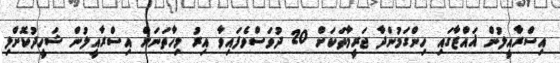
އިސްރާއީލުން ޣައްޒާގައި ހިންގަމުންދާ ޖަރީމާތަކަށް 20 ދުވަސްވެފައިވާ އިރު މިހާތަނަށް އިސްރާއީލުން ޝަހީދުކޮށްލި